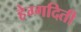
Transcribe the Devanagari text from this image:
हेग्गदिती